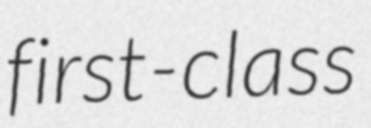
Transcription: first-class